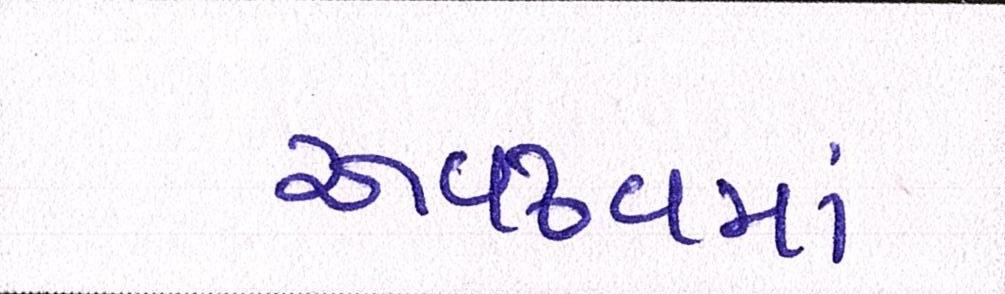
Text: અવઢવમાં